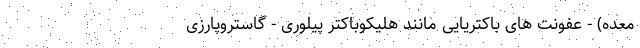
معده) - عفونت های باکتریایی مانند هلیکوباکتر پیلوری - گاستروپارزی